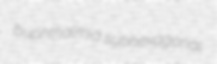
buphthalmia subhexagonal